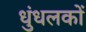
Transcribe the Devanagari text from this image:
धुंधलकों